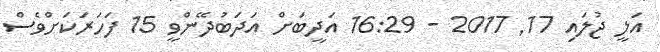
އަލީ ޖުލައި 17